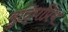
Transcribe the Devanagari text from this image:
बुद्धिप्रिय